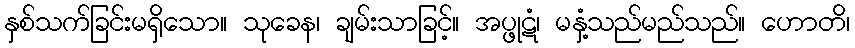
နှစ်သက်ခြင်းမရှိသော။ သုခေန၊ ချမ်းသာခြင့်။ အပ္ဖုဋံ၊ မနှံ့သည်မည်သည်။ ဟောတိ၊